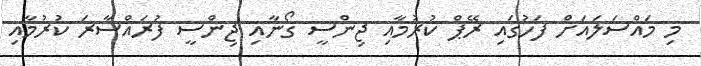
މި މައްސަލައަށް ފަހުގައި ރޭޕް ކުރުމާއި ޖިންސީ ގޯނާއި ޖިންސީ ފުރައްސާރަ ކުރުމާއި